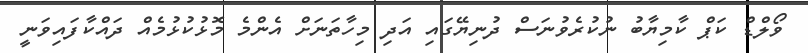
ވޯލްޑް ކަޕް ކާމިޔާބު ނުކުރެވުނަސް ދުނިޔޭގައި އަދި މިހާތަނަށް އެންމެ މޮޅުކުޅުމެއް ދައްކާފައިވަނީ